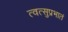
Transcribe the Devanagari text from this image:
त्वत्सुप्रभातं